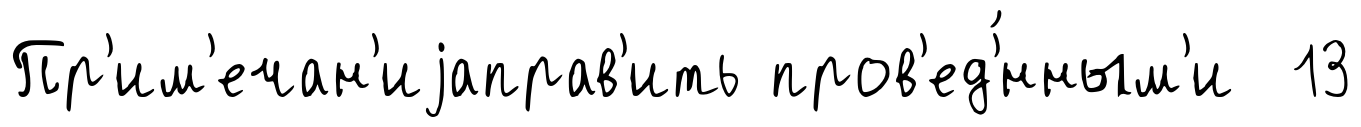
Пр'им'ечан'иjаправ'ить пров'ед'́нным'и 13